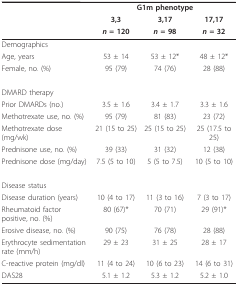
<table><thead><tr><td>[EMPTY_CELL]</td><td colspan="3"><b>G1m phenotype</b></td></tr><tr><td>[EMPTY_CELL]</td><td><b>3,3</b></td><td><b>3,17</b></td><td><b>17,17</b></td></tr><tr><td>[EMPTY_CELL]</td><td><b><i>n </i>= 120</b></td><td><b><i>n </i>= 98</b></td><td><b><i>n </i>= 32</b></td></tr></thead><tbody><tr><td>Demographics</td><td>[EMPTY_CELL]</td><td>[EMPTY_CELL]</td><td>[EMPTY_CELL]</td></tr><tr><td>Age, years</td><td>53 ± 14</td><td>53 ± 12*</td><td>48 ± 12*</td></tr><tr><td>Female, no. (%)</td><td>95 (79)</td><td>74 (76)</td><td>28 (88)</td></tr><tr><td>DMARD therapy</td><td>[EMPTY_CELL]</td><td>[EMPTY_CELL]</td><td>[EMPTY_CELL]</td></tr><tr><td>Prior DMARDs (no.)</td><td>3.5 ± 1.6</td><td>3.4 ± 1.7</td><td>3.3 ± 1.6</td></tr><tr><td>Methotrexate use, no. (%)</td><td>95 (79)</td><td>81 (83)</td><td>23 (72)</td></tr><tr><td>Methotrexate dose (mg/wk)</td><td>21 (15 to 25)</td><td>25 (15 to 25)</td><td>25 (17.5 to 25)</td></tr><tr><td>Prednisone use, no. (%)</td><td>39 (33)</td><td>31 (32)</td><td>12 (38)</td></tr><tr><td>Prednisone dose (mg/day)</td><td>7.5 (5 to 10)</td><td>5 (5 to 7.5)</td><td>10 (5 to 10)</td></tr><tr><td>Disease status</td><td>[EMPTY_CELL]</td><td>[EMPTY_CELL]</td><td>[EMPTY_CELL]</td></tr><tr><td>Disease duration (years)</td><td>10 (4 to 17)</td><td>11 (3 to 16)</td><td>7 (3 to 17)</td></tr><tr><td>Rheumatoid factor positive, no. (%)</td><td>80 (67)*</td><td>70 (71)</td><td>29 (91)*</td></tr><tr><td>Erosive disease, no. (%)</td><td>90 (75)</td><td>76 (78)</td><td>28 (88)</td></tr><tr><td>Erythrocyte sedimentation rate (mm/h)</td><td>29 ± 23</td><td>31 ± 25</td><td>28 ± 17</td></tr><tr><td>C-reactive protein (mg/dl)</td><td>11 (4 to 24)</td><td>10 (6 to 23)</td><td>14 (6 to 31)</td></tr><tr><td>DAS28</td><td>5.1 ± 1.2</td><td>5.3 ± 1.2</td><td>5.2 ± 1.0</td></tr></tbody></table>